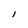
Character: I